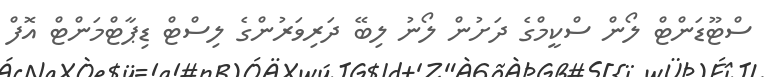
ސްޓޫޑަންޓް ލޯން ސްކީމްގެ ދަށުން ލޯނު ލިބޭ ދަރިވަރުންގެ ލިސްޓް ޑިޕާޓްމަންޓް އޮފް